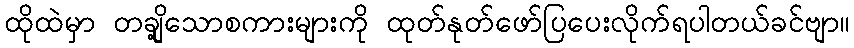
ထိုထဲမှာ တချို့သောစကားများကို ထုတ်နုတ်ဖော်ပြပေးလိုက်ရပါတယ်ခင်ဗျာ။